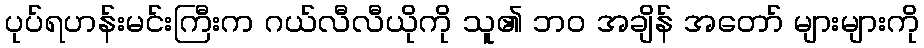
ပုပ်ရဟန်းမင်းကြီးက ဂယ်လီလီယိုကို သူ၏ ဘဝ အချိန် အတော် များများကို